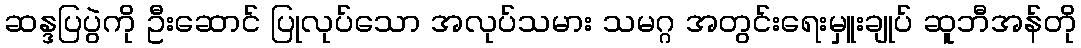
ဆန္ဒပြပွဲကို ဦးဆောင် ပြုလုပ်သော အလုပ်သမား သမဂ္ဂ အတွင်းရေးမှူးချုပ် ဆူဘီအန်တို